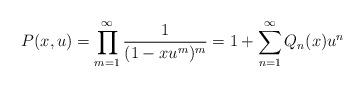
LaTeX: \begin{align*}P(x,u) = \prod_{m=1}^\infty \frac{ 1}{ (1- xu^m)^m} = 1 + \sum_{n=1}^\infty Q_n(x) u^n \end{align*}